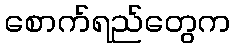
စောက်ရည်တွေက